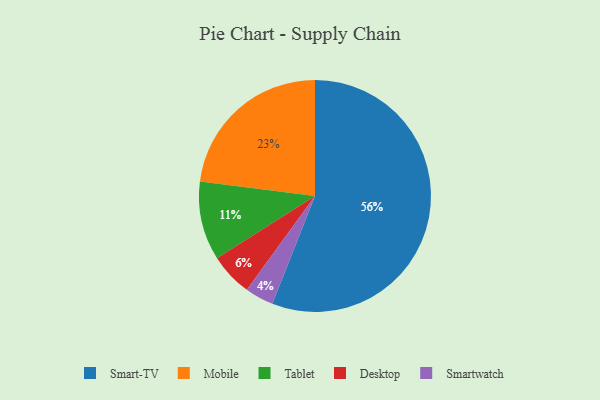
{"axis": {"x": "Category", "y": "Percentage"}, "legend": ["Desktop", "Mobile", "Smart-TV", "Smartwatch", "Tablet"], "data": [{"x": "Smart-TV", "y": 56, "type": "Smart-TV"}, {"x": "Tablet", "y": 11, "type": "Tablet"}, {"x": "Smartwatch", "y": 4, "type": "Smartwatch"}, {"x": "Mobile", "y": 23, "type": "Mobile"}, {"x": "Desktop", "y": 6, "type": "Desktop"}]}